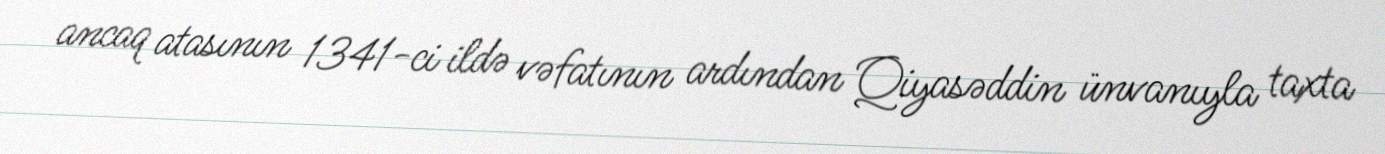
ancaq atasının 1341-ci ildə vəfatının ardından Qiyasəddin ünvanıyla taxta